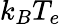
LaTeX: k_{B}T_{e}